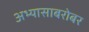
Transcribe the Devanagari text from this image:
अभ्यासाबरोबर